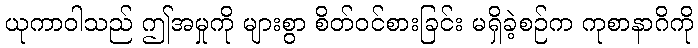
ယုကာဝါသည် ဤအမှုကို များစွာ စိတ်ဝင်စားခြင်း မရှိခဲ့စဉ်က ကုစာနာဂိကို